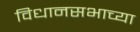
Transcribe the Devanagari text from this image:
विधानसभाच्या